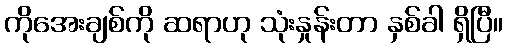
ကိုအေးချစ်ကို ဆရာဟု သုံးနှုန်းတာ နှစ်ခါ ရှိပြီ။